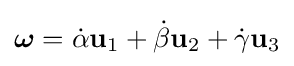
{\boldsymbol {\omega }}={\dot {\alpha }}\mathbf {u} _{1}+{\dot {\beta }}\mathbf {u} _{2}+{\dot {\gamma }}\mathbf {u} _{3}